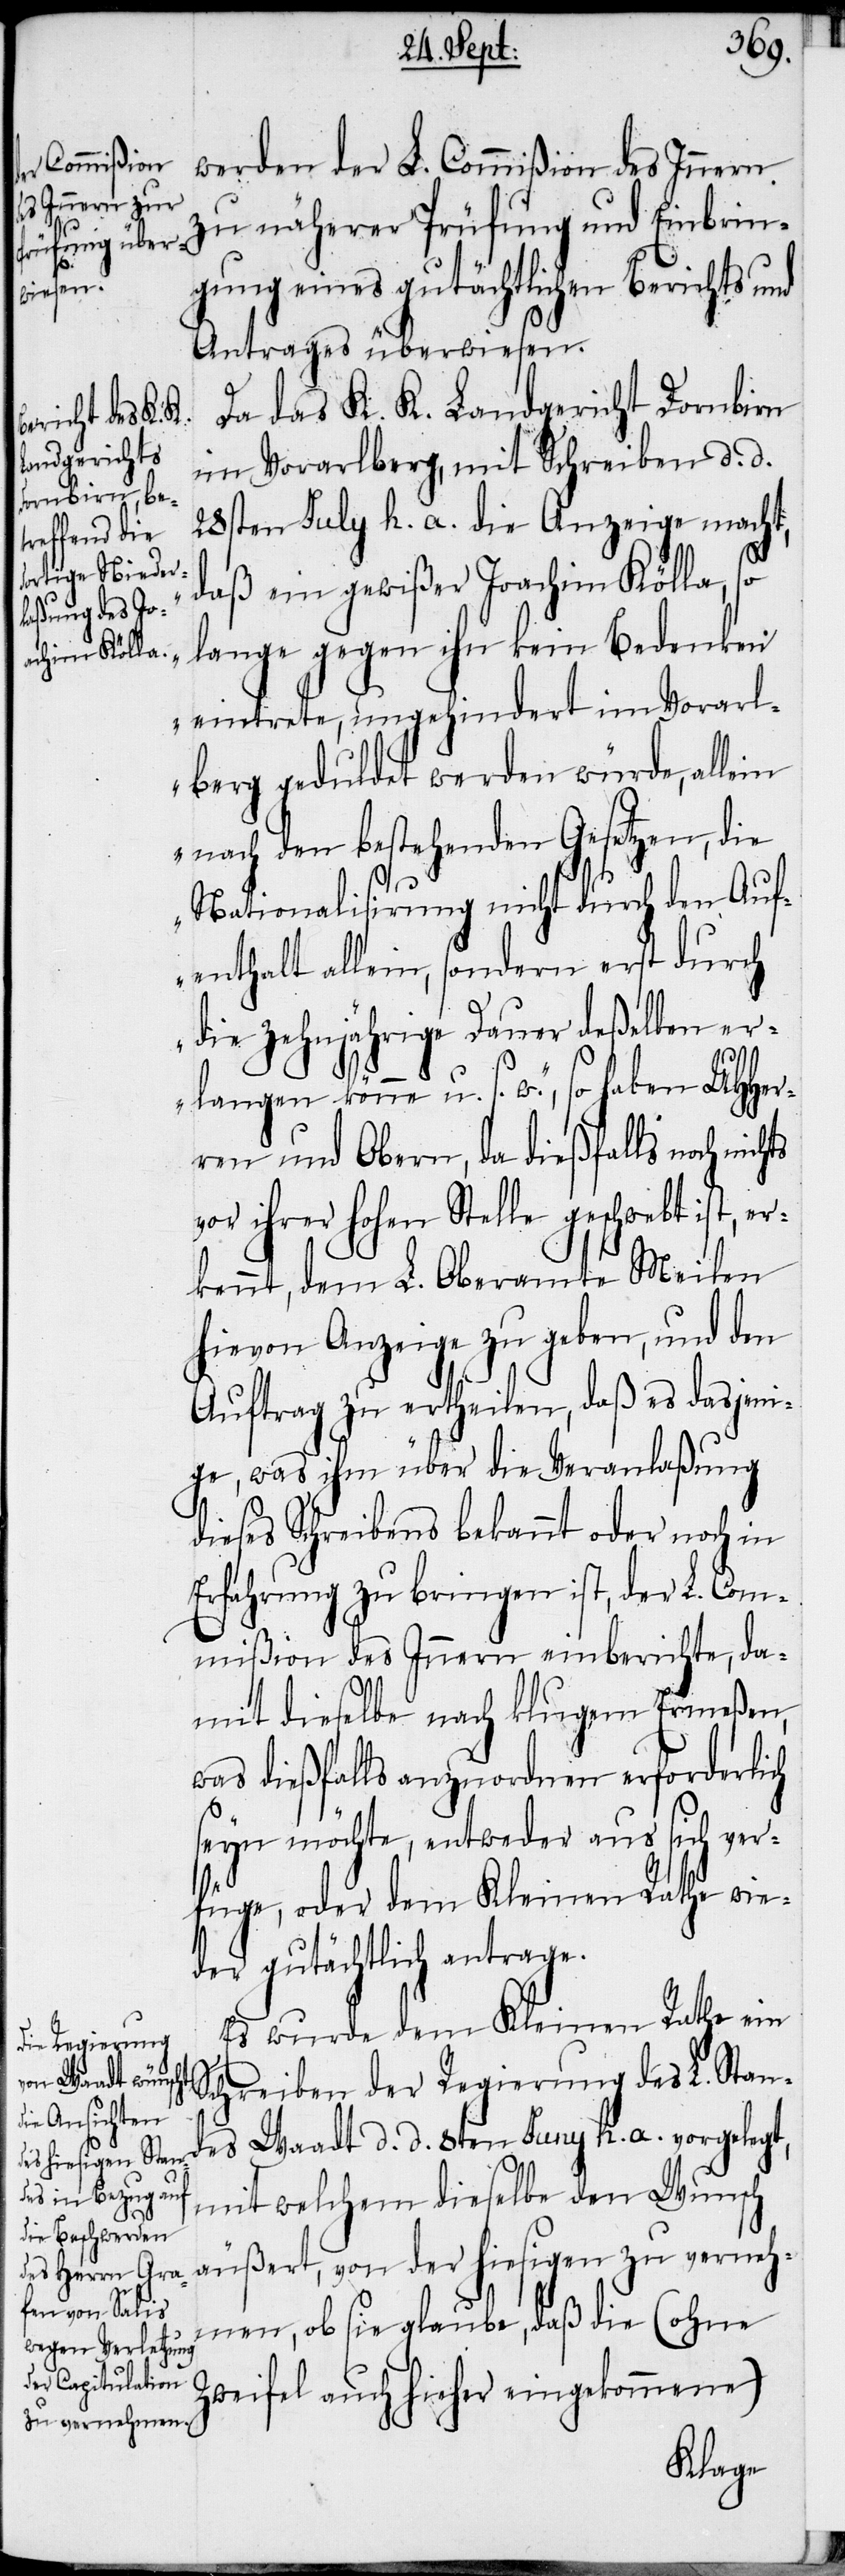
werden der L. Commißion des Innern
zu näherer Prüfung und Einbrin¬
gung eines gutächtlichen Berichts und
Antrages überwiesen.
Da das K. K. Landgericht Dornbirn
im Vorarlberg, mit Schreiben d. d.
28sten July h. a. die Anzeige macht,
„daß ein gewißer Joachim Kölla, so
lange gegen ihn kein Bedenken
haben UHHer¬
eintrete, ungehindert im Vorarl¬
berg geduldet werden würde, allein
nach den bestehenden Gesetzen, die
Nationalisirung nicht durch den Auf¬
enthalt allein, sondern erst durch
die zehnjährige Dauer deßelben er¬
ren und Obern, da dießfalls noch nichts
vor ihrer hohen Stelle geschwebt ist, er¬
kennt, dem L. Oberamte Meilen
hievon Anzeige zu geben, und den
Auftrag zu ertheilen, daß es dasjeni¬
ge, was ihm über die Veranlaßung
dieses Schreibens bekannt oder noch in
Erfahrung zu bringen ist, der L. Com¬
mißion des Innern einberichte, da¬
mit dieselbe nach klugem Ermeßen,
was dießfalls anzuordnen erforderlich
seyn möchte, entweder aus sich ver¬
füge, oder dem Kleinen Rathe wie¬
der gutächtlich antrage.
Es wurde dem Kleinen Rathe ein
Schreiben der Regierung des L. Stan¬
des Waadt d. d. 8ten Juny h. a. vorgelegt,
mit welchem dieselbe den Wunsch
äußert, von der hiesigen zu verneh¬
men, ob sie glaube, daß die (ohne
Zweifel auch hieher eingekommene)
langen